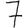
Digit: 7